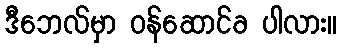
ဒီဘေလ်မှာ ဝန်ဆောင်ခ ပါလား။